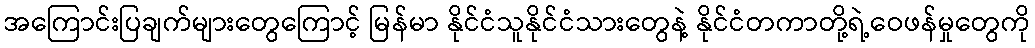
အကြောင်းပြချက်များတွေကြောင့် မြန်မာ နိုင်ငံသူနိုင်ငံသားတွေနဲ့ နိုင်ငံတကာတို့ရဲ့ဝေဖန်မှုတွေကို